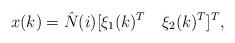
LaTeX: \begin{align*}x(k)=\hat N(i)[\xi_1(k)^T\quad\xi_2(k)^T]^T,\end{align*}